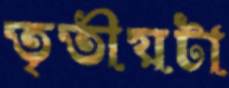
তৃতীয়টা